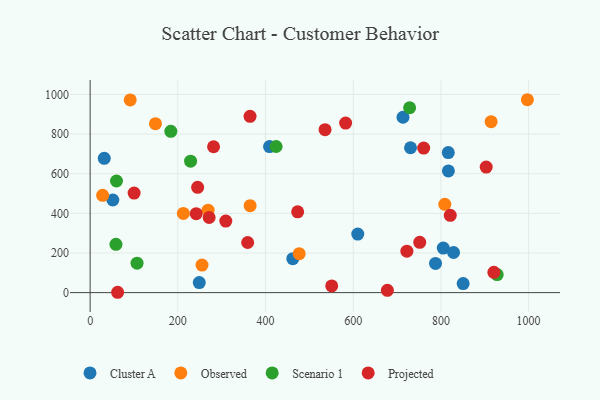
{"axis": {"x": "Speed", "y": "Yield"}, "legend": ["Cluster A", "Observed", "Projected", "Scenario 1"], "data": [{"x": "462.2", "y": 171.1, "type": "Cluster A"}, {"x": "817.1", "y": 614.0, "type": "Cluster A"}, {"x": "610.4", "y": 295.2, "type": "Cluster A"}, {"x": "409.2", "y": 737.0, "type": "Cluster A"}, {"x": "805.4", "y": 225.0, "type": "Cluster A"}, {"x": "51.8", "y": 467.4, "type": "Cluster A"}, {"x": "828.8", "y": 202.4, "type": "Cluster A"}, {"x": "787.7", "y": 147.2, "type": "Cluster A"}, {"x": "816.8", "y": 706.7, "type": "Cluster A"}, {"x": "32.2", "y": 677.8, "type": "Cluster A"}, {"x": "730.7", "y": 731.0, "type": "Cluster A"}, {"x": "850.7", "y": 45.4, "type": "Cluster A"}, {"x": "248.9", "y": 50.8, "type": "Cluster A"}, {"x": "713.5", "y": 885.1, "type": "Cluster A"}, {"x": "212.6", "y": 399.9, "type": "Observed"}, {"x": "28.5", "y": 491.1, "type": "Observed"}, {"x": "476.8", "y": 196.4, "type": "Observed"}, {"x": "255.2", "y": 138.8, "type": "Observed"}, {"x": "269.0", "y": 416.1, "type": "Observed"}, {"x": "91.4", "y": 972.7, "type": "Observed"}, {"x": "364.9", "y": 439.0, "type": "Observed"}, {"x": "997.2", "y": 973.5, "type": "Observed"}, {"x": "149.0", "y": 852.4, "type": "Observed"}, {"x": "808.9", "y": 445.6, "type": "Observed"}, {"x": "914.5", "y": 862.7, "type": "Observed"}, {"x": "107.0", "y": 148.6, "type": "Scenario 1"}, {"x": "728.7", "y": 933.1, "type": "Scenario 1"}, {"x": "58.9", "y": 243.9, "type": "Scenario 1"}, {"x": "928.3", "y": 90.9, "type": "Scenario 1"}, {"x": "60.1", "y": 563.2, "type": "Scenario 1"}, {"x": "424.2", "y": 737.5, "type": "Scenario 1"}, {"x": "229.1", "y": 663.5, "type": "Scenario 1"}, {"x": "184.0", "y": 814.0, "type": "Scenario 1"}, {"x": "551.0", "y": 34.0, "type": "Projected"}, {"x": "241.9", "y": 398.2, "type": "Projected"}, {"x": "760.7", "y": 729.6, "type": "Projected"}, {"x": "751.7", "y": 253.9, "type": "Projected"}, {"x": "364.7", "y": 889.8, "type": "Projected"}, {"x": "535.8", "y": 822.5, "type": "Projected"}, {"x": "62.7", "y": 1.7, "type": "Projected"}, {"x": "722.4", "y": 209.2, "type": "Projected"}, {"x": "473.3", "y": 407.6, "type": "Projected"}, {"x": "582.7", "y": 855.7, "type": "Projected"}, {"x": "821.3", "y": 389.9, "type": "Projected"}, {"x": "309.4", "y": 361.2, "type": "Projected"}, {"x": "677.9", "y": 11.5, "type": "Projected"}, {"x": "271.4", "y": 379.2, "type": "Projected"}, {"x": "281.5", "y": 736.1, "type": "Projected"}, {"x": "359.3", "y": 253.0, "type": "Projected"}, {"x": "920.8", "y": 102.3, "type": "Projected"}, {"x": "100.3", "y": 502.6, "type": "Projected"}, {"x": "245.2", "y": 531.3, "type": "Projected"}, {"x": "903.3", "y": 633.5, "type": "Projected"}]}